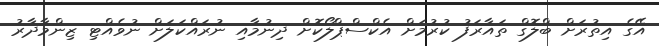
އޭގެ އިތުރަށް ބްލޮގް ތައާރަފު ކުރުމަށް އެކްސްޕްލޯކޮށް ދިނުމާއި ނުރައްކަލަށް ނުވެއްޓި ޒިންމާދާރު